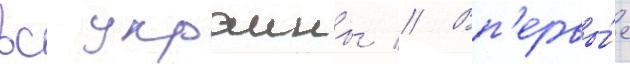
вс украины // Вп'ервы́е